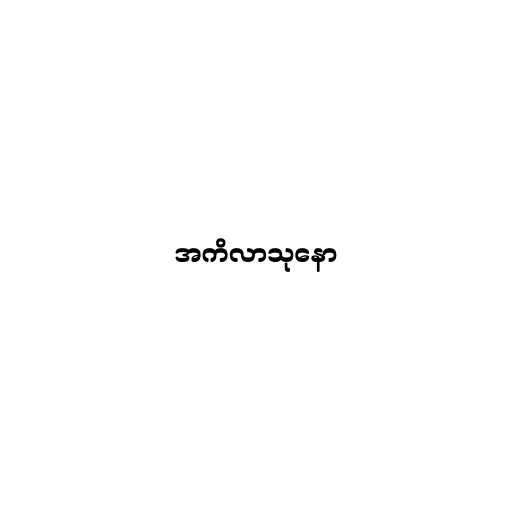
အကိလာသုနော